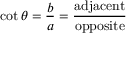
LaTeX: \cot \theta = { \frac { b } { a } } = { \frac { \mathrm { a d j a c e n t } } { \mathrm { o p p o s i t e } } }